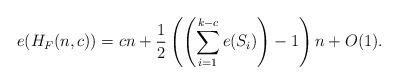
LaTeX: \begin{align*}e(H_F(n,c)) = cn + \frac{1}{2}\left(\left(\sum_{i=1}^{k-c} e(S_i)\right)-1\right)n+O(1).\end{align*}